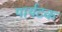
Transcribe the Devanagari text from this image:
पार्यटक